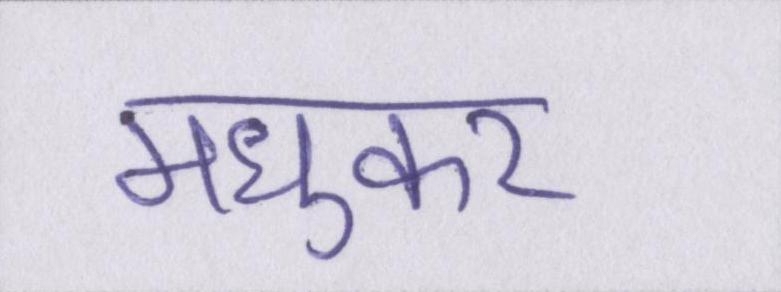
मधुकर